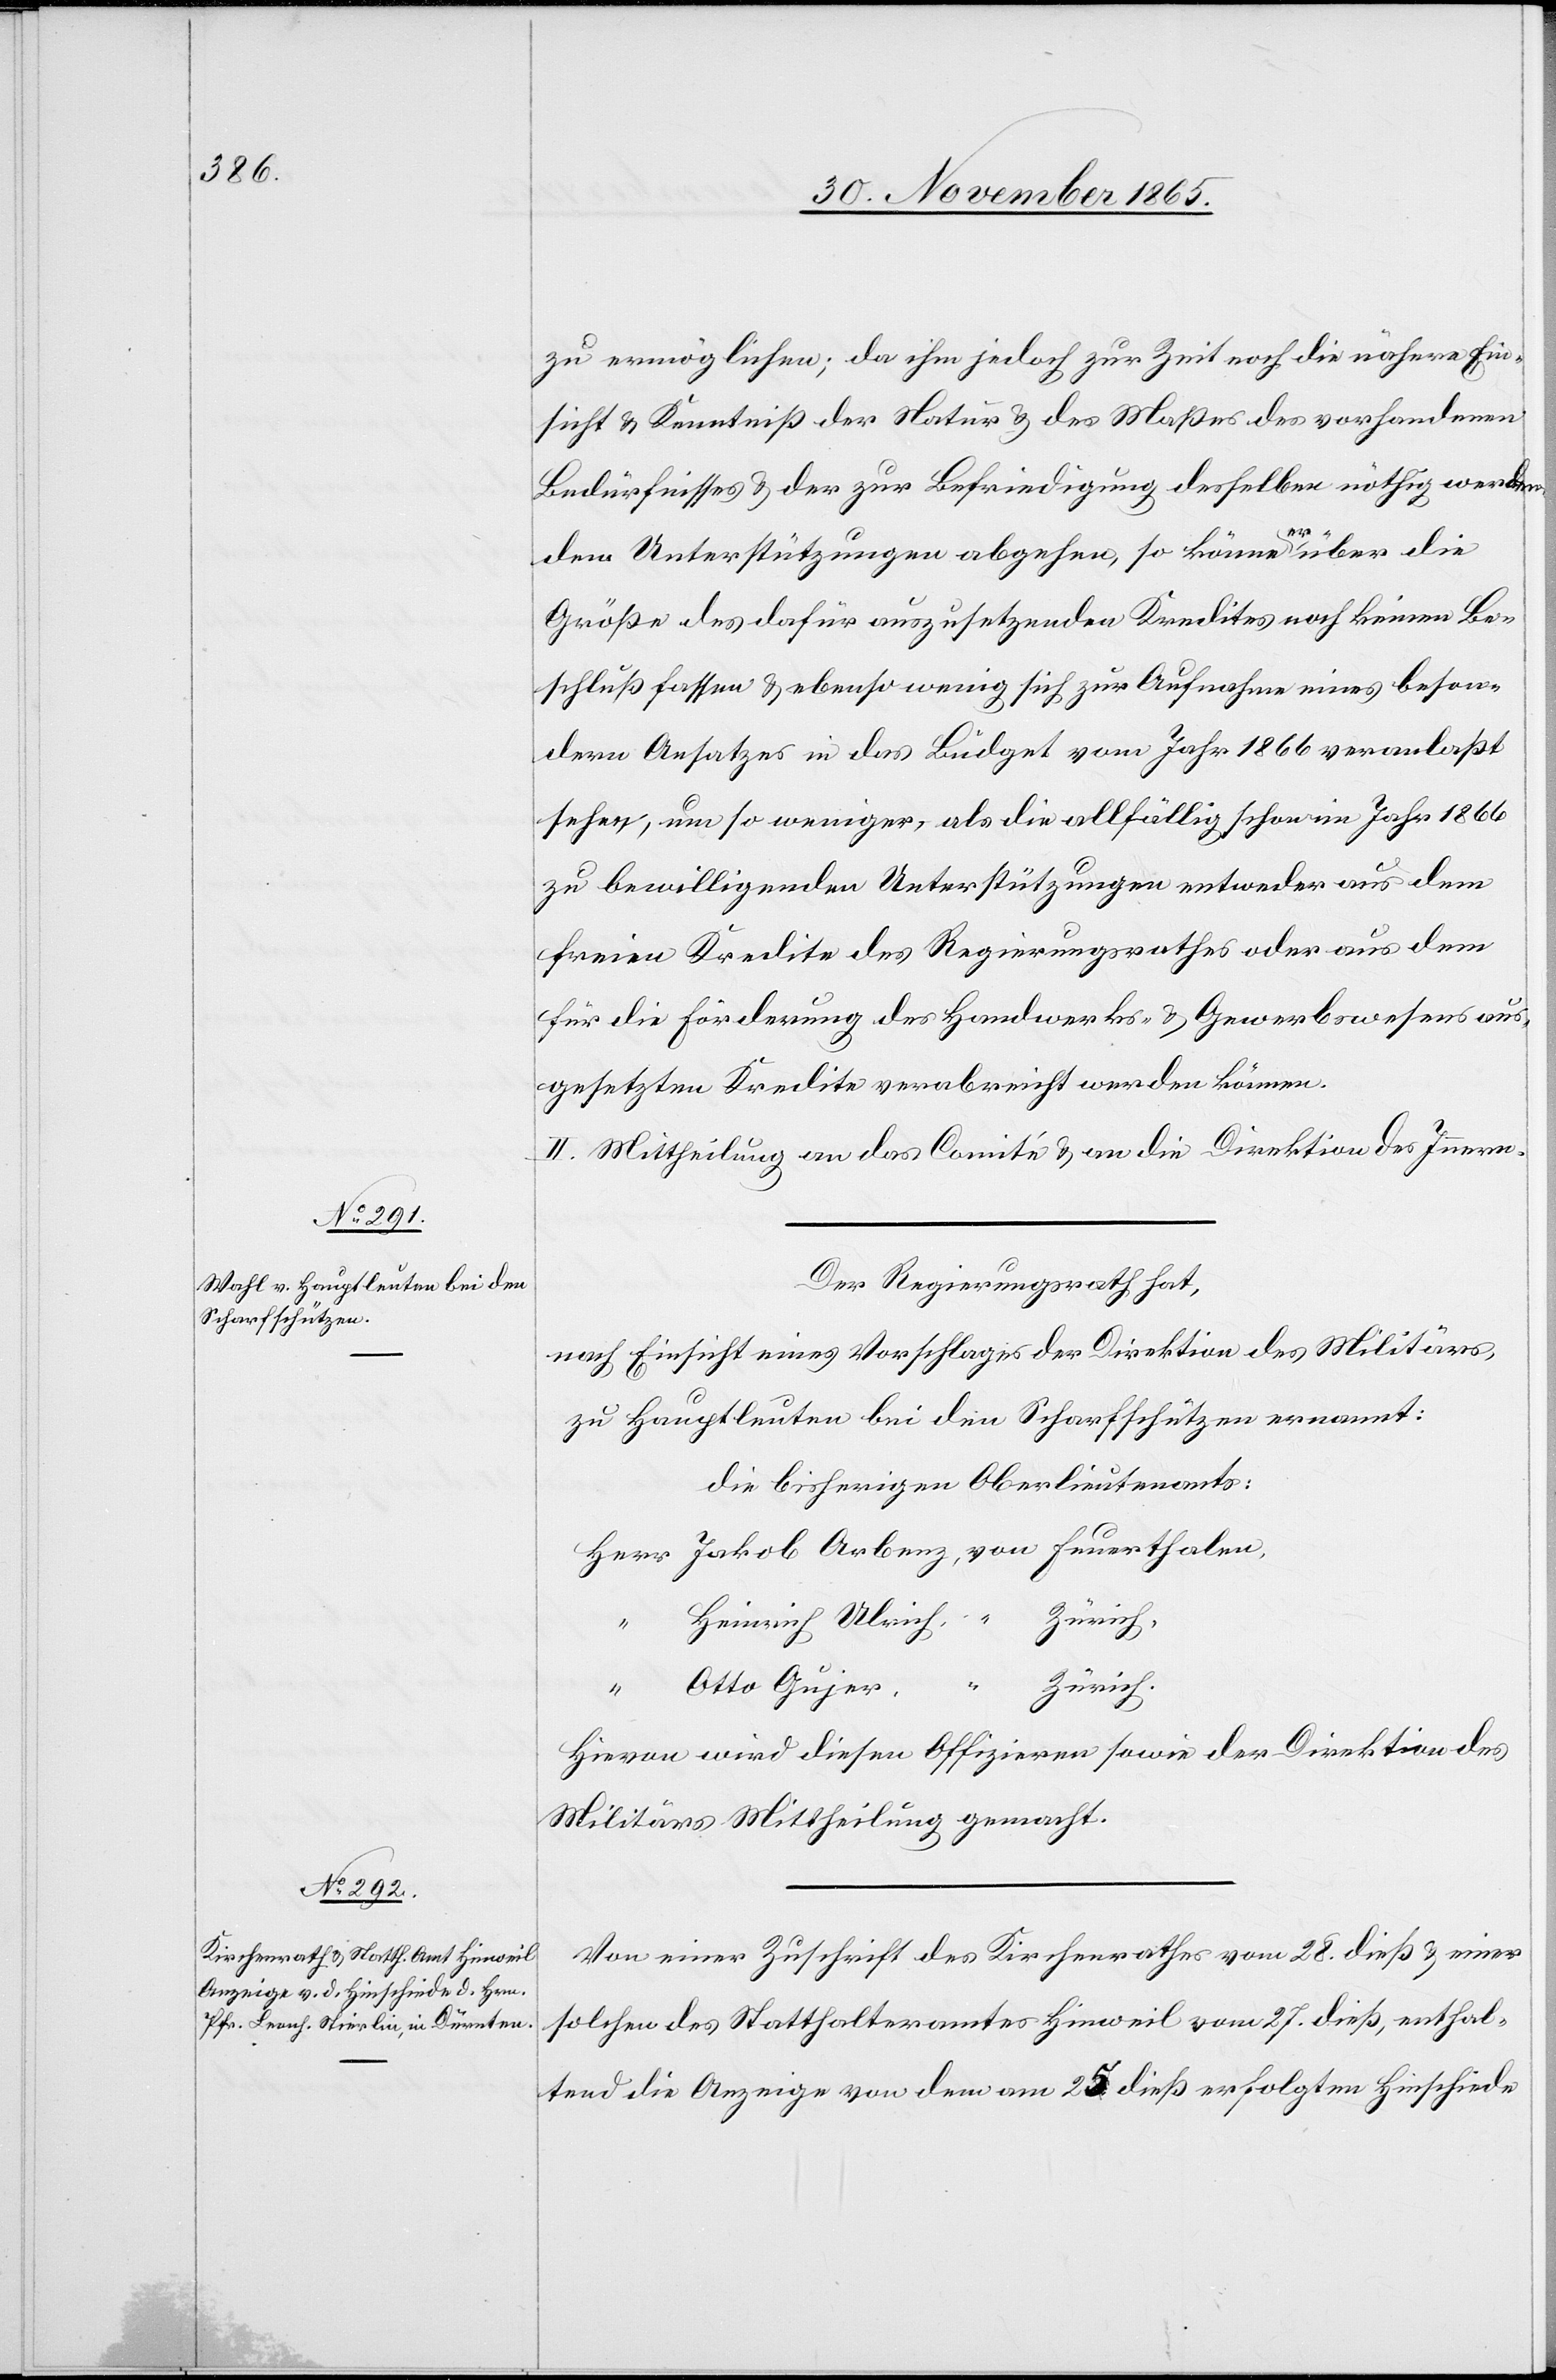
zu ermöglichen; da ihm jedoch zur Zeit noch die nähere Ein¬
sicht & Kenntniß der Natur & des Maßes der vorhandenen
Bedürfnisse & der zur Befriedigung derselben nöthig werden¬
den Unterstützungen abgehe, so könne er über die
Größe des dafür auszusetzenden Kredites noch keinen Be¬
schluß fassen & ebenso wenig sich zur Aufnahme eines beson¬
dern Ansatzes in das Budget vom Jahr 1866 veranlaßt
sehen, um so weniger, als die allfällig schon im Jahr 1866
zu bewilligenden Unterstützungen entweder aus dem
freien Kredite des Regierungsrathes oder aus dem
für die Förderung des Handwerks- & Gewerbswesens aus¬
gesetzten Kredite verabreicht werden könne.
II. Mittheilung an das Comité & an die Direktion des Innern.
Der Regierungsrath hat,
nach Einsicht eines Vorschlages der Direktion des Militärs,
zu Hauptleuten bei den Scharfschützen ernannt:
die bisherigen Oberlieutnants:
Zürich.
Otto Gujer,
“
Hievon wird diesen Offizieren sowie der Direktion des
Militärs Mittheilung gemacht.
Von einer Zuschrift des Kirchenrathes vom 28. dieß & einer
solchen des Statthalteramtes Hinweil vom 27. dieß, enthal¬
tend die Anzeige von dem am 25. dieß erfolgten Hinschiede